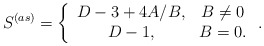
\begin{align*}S^{(as)}=\left\{\begin{array}{cc}D-3+4A/B, & B\neq 0 \\D-1, & B=0 .\end{array}\right. . \end{align*}